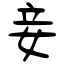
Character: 妾